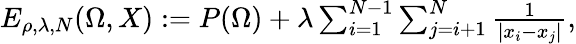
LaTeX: \begin{array}{r}{E_{\rho,\lambda,N}(\Omega,X):=P(\Omega)+\lambda\sum_{i=1}^{N-1}\sum_{j=i+1}^{N}{\frac{1}{|x_{i}-x_{j}|}},}\end{array}